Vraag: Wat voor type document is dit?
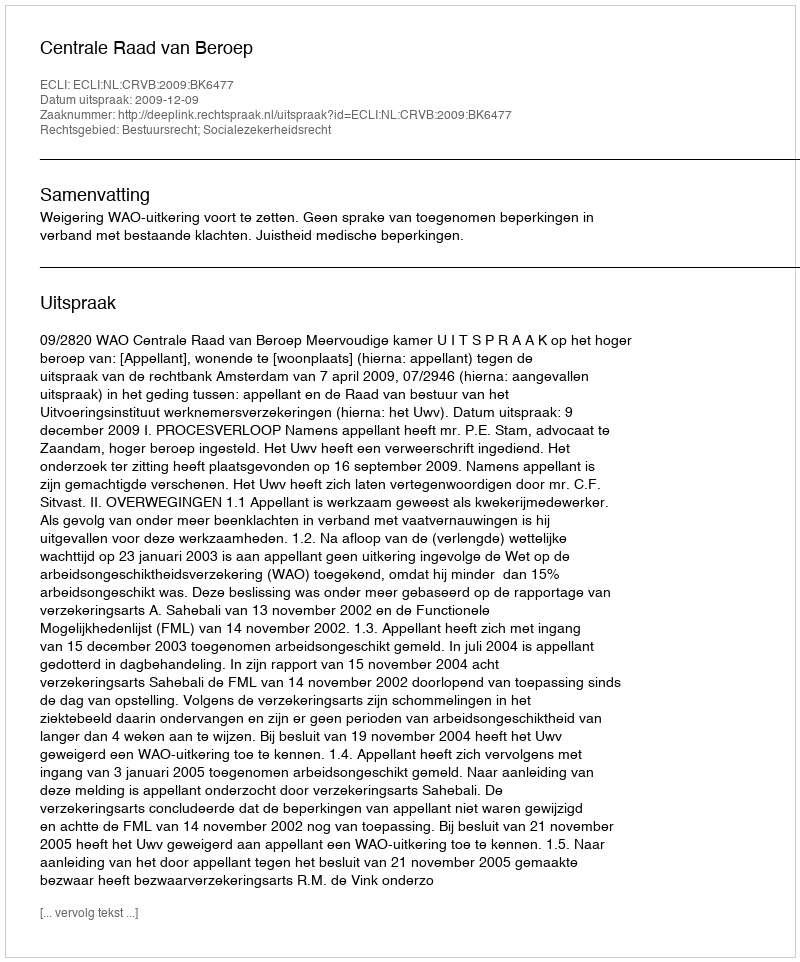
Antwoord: Uitspraak